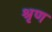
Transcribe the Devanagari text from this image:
श्रृण